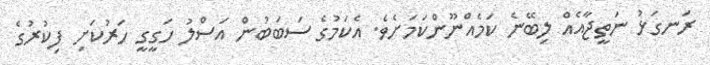
ރަނގަޅު ނަތީޖާއެއް ލިބޭނެ ކަމެއްނޫންކަމަށެވެ. އެކަމުގެ ސަބަބުން އަސްލު ހަގީގީ ހަރުކަށި ފިކުރުގެ